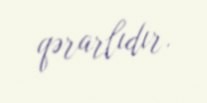
qərarlıdır.